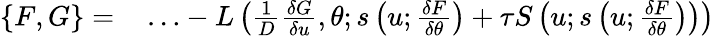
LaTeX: \begin{array}{rl}{\{ F,G\} =}&{{}\ldots-L\left(\frac{1}{D}\frac{\delta G}{\delta u},\theta;s\left(u;\frac{\delta F}{\delta\theta}\right)+\tau S\left(u;s\left(u;\frac{\delta F}{\delta\theta}\right)\right)\right)}\end{array}